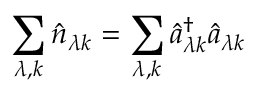
\sum _ { \lambda , k } \hat { n } _ { \lambda k } = \sum _ { \lambda , k } \hat { a } _ { \lambda k } ^ { \dagger } \hat { a } _ { \lambda k }